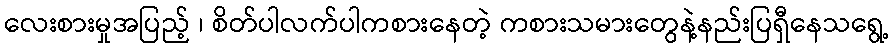
လေးစားမှုအပြည့် ၊ စိတ်ပါလက်ပါကစားနေတဲ့ ကစားသမားတွေနဲ့နည်းပြရှီနေသရွေ့